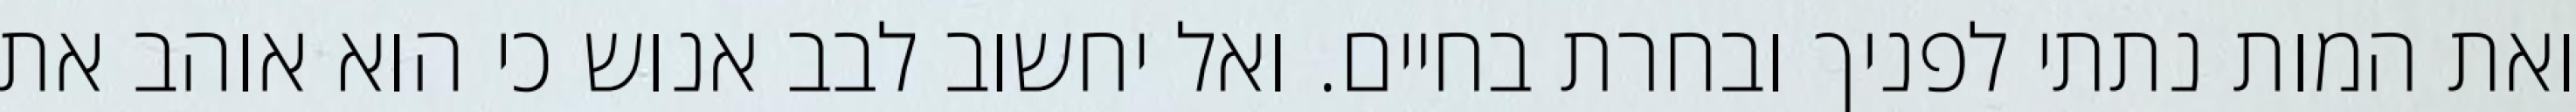
ואת המות נתתי לפניך ובחרת בחיים. ואל יחשוב לבב אנוש כי הוא אוהב את